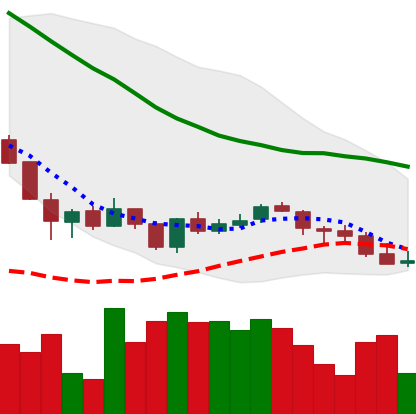
Ticker: LINK-USD
Chart end date: 2018-06-09
Forward return: -19.373%
Label: down_7plus